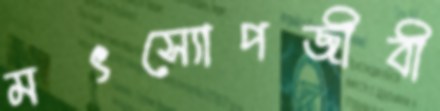
মৎস্যোপজীবী